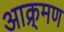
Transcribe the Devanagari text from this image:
आक्र्मण